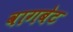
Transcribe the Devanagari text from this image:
वागबेट